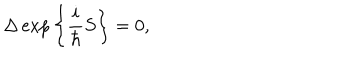
\Delta \exp \bigg \{ \frac { i } { \hbar } S \bigg \} = 0 ,